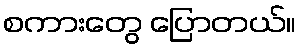
စကားတွေ ပြောတယ်။